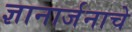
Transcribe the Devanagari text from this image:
ज्ञानार्जनाचे